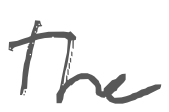
Text: The
Cross-out: clean
Writing tool: digital_gray